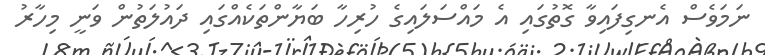
ނަމަވެސް އެނގިފައިވާ ގޮތުގައި އެ މައްސަލައިގެ ހުރިހާ ބަޔާންތަކެއްގައި ދައުލަތުން ވަނީ މިހާރު